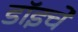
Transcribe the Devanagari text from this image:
डॉइचे